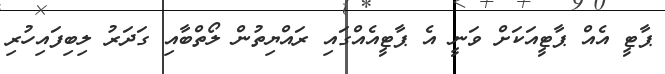
ޕާޓީ އެއް ޕާޓީއަކަށް ވަނީ އެ ޕާޓީއެއްގައި ރައްޔިތުން ލޯތްބާއި ގަދަރު ލިބިފައިހުރި